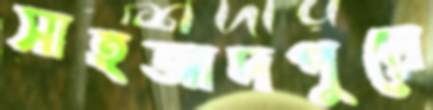
সাহজাদপুরে